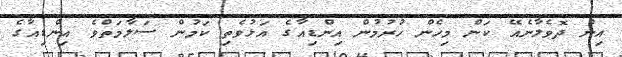
އިން ދޮވެލާނެއޭ ކަން މިހެން ހުރުމުން އިންޑިއާގެ އަޅުވެތި ކަމުން ސަލާމަތްވެ އިންޑިއާގެ